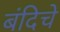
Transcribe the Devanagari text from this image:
बंदिचे